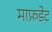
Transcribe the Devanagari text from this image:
माफ़डेट